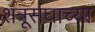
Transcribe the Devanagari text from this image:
शत्रूसंघाच्या